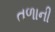
તળાની